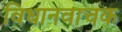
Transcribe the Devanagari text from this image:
विधानवाचक